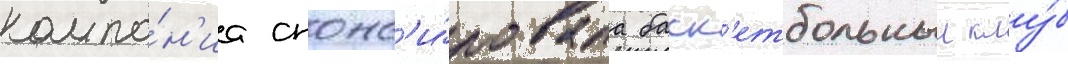
компа́н'иа спонс'и́ровала баск'етбольныи клу́б